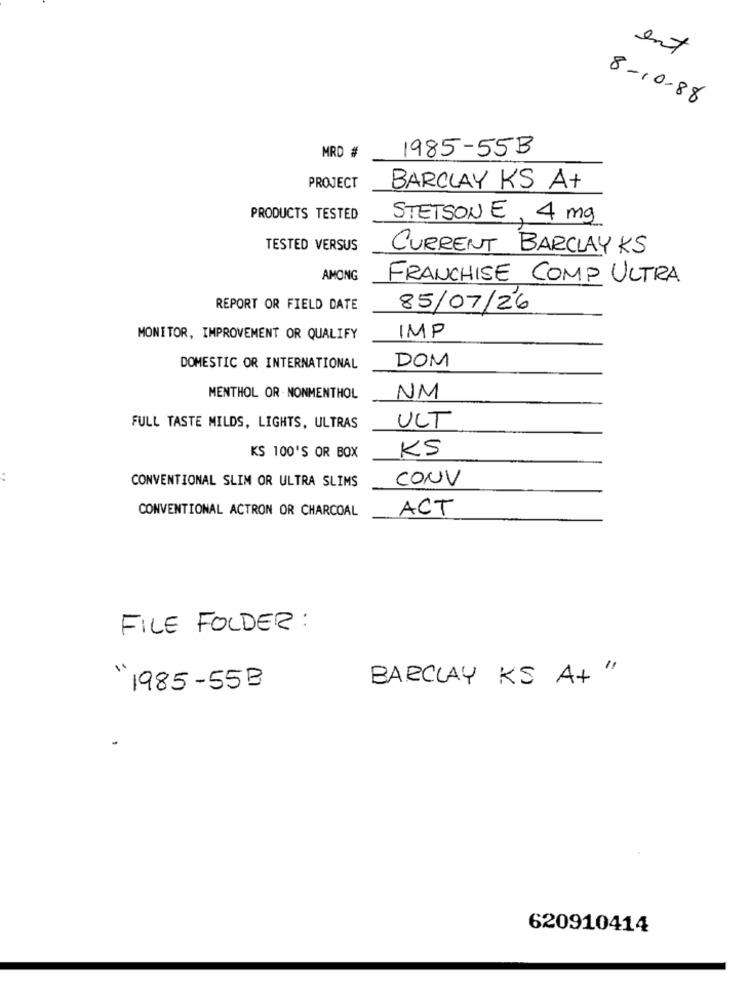
ent
8-10-88
1985-55B
MRD #
PROJECT
BARCLAY KS At
PRODUCTS TESTED
STETSON E, 4 mg
TESTED VERSUS
CURRENT BARCLAY KS
AMONG
FRANCHISE COMP ULTRA
REPORT OR FIELD DATE
85/07/26
MONITOR, IMPROVEMENT OR QUALIFY
IMP
DOMESTIC OR INTERNATIONAL
DOM
MENTHOL OR . NONMENTHOL
NM
ULT
FULL TASTE MILDS, LIGHTS, ULTRAS
KS
KS 100'S OR BOX
:
CONVENTIONAL SLIM OR ULTRA SLIMS
CONV
CONVENTIONAL ACTRON OR CHARCOAL
ACT
FILE FOLDER :
BARCLAY KS A+ "
1985-55B
620910414